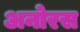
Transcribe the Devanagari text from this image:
अनोरस